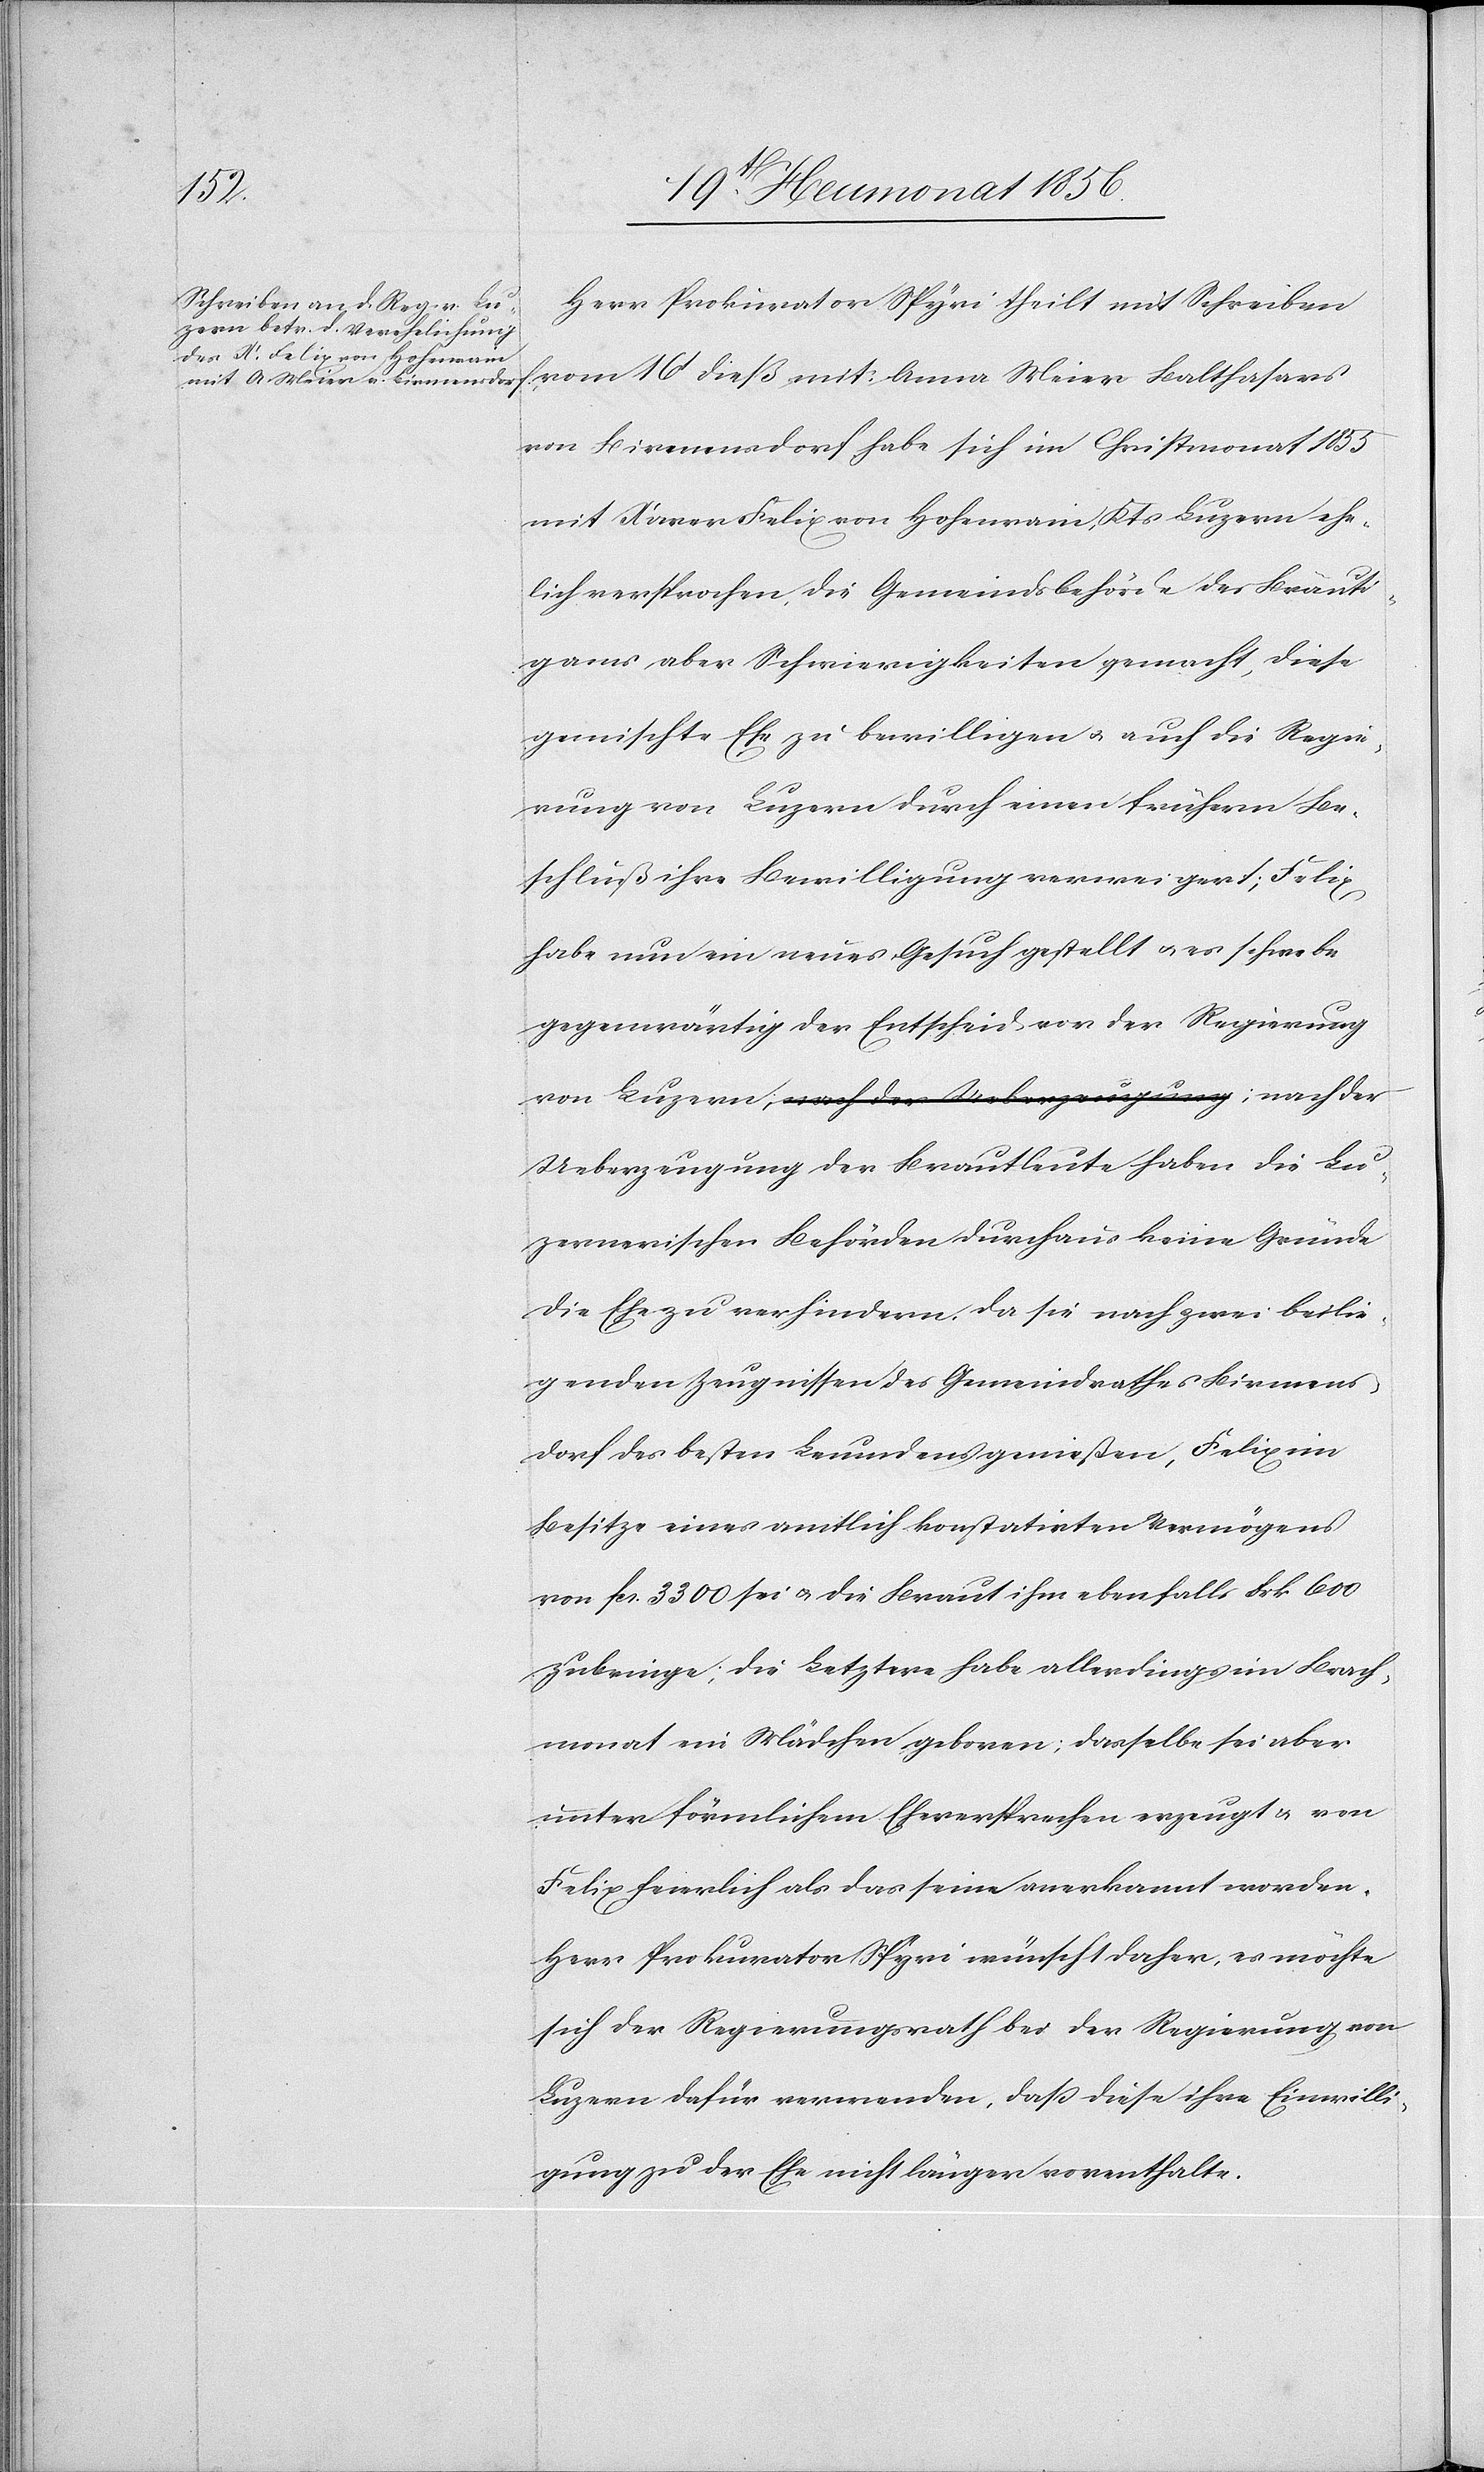
Herr Prokurator Spyri theilt mit Schreiben
vom 16t dieß mit: Anna Meier Balthasars
von Birmensdorf habe sich im Christmonat 1853
mit Xaver Felix von Hohenrain, Kts Luzern ehe¬
lich versprochen, die Gemeindsbehörde des Bräuti¬
gams aber Schwierigkeiten gemacht, diese
gemischte Ehe zu bewilligen u. auch die Regie¬
rung von Luzern durch einen frühern Be¬
schluß ihre Bewilligung verweigert; Felix
habe nun ein neues Gesuch gestellt u. es schwebe
gegenwärtig der Entscheid vor der Regierung
von Luzern a-;nach der Ueberzeugung-a; nach der
Ueberzeugung der Brautleute haben die Lu¬
zernerischen Behörden durchaus keine Gründe
die Ehe zu verhindern, da sie nach zwei beilie¬
genden Zeugnissen des Gemeindrathes Birmens¬
dorf des besten Leumdens genießen, Felix im
Besitze eines amtlich konstatirten Vermögens
von fcs. 3300 sei u. die Braut ihm ebenfalls Frk. 600
zubringe; die Letztere habe allerdings im Brach¬
monat ein Mädchen geboren; dasselbe sei aber
unter förmlichem Eheversprechen erzeugt & von
Felix feierlich als das seine anerkannt worden.
Herr Prokurator Spyri wünscht daher, es möchte
sich der Regierungsrath bei der Regierung von
Luzern dafür verwenden, dass diese ihre Einwilli¬
gung zu der Ehe nicht länger vorenthalte.